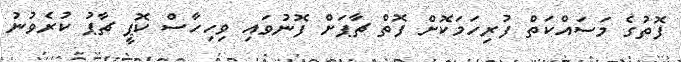
ފޮތުގެ މަސައްކަތް ފުރިހަމަކޮށް ފޮތް ޗާޕަށް ފޮނުވައި ވިހިހާސް ކޮޕީ ޗާޕު ކުރެވުނު